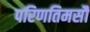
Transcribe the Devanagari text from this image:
परिणतिमसौ